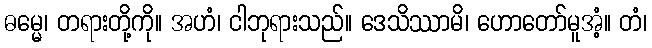
ဓမ္မေ၊ တရားတို့ကို။ အဟံ၊ ငါဘုရားသည်။ ဒေသိဿာမိ၊ ဟောတော်မူအံ့။ တံ၊